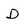
Character: D